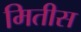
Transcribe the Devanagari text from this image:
मितीस